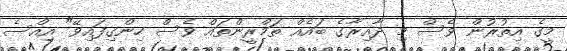
މީގެ އިތުރުން ވެސް މި ދާއިރާގެ ބައެއް ތަމްރީންތައް ވެސް ހިންގިފައިވޭ" އިއްސެ